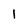
Character: l